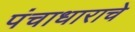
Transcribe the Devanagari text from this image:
पंचाधाराचे